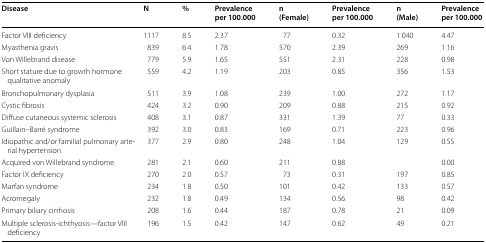
<table><thead><tr><td><b>Disease</b></td><td><b>N</b></td><td><b>%</b></td><td><b>Prevalence per 100.000</b></td><td><b>n(Female)</b></td><td><b>Prevalence per 100.000</b></td><td><b>n(Male)</b></td><td><b>Prevalence per 100.000</b></td></tr></thead><tbody><tr><td>Factor VIII deficiency</td><td>1117</td><td>8.5</td><td>2.37</td><td>77</td><td>0.32</td><td>1.040</td><td>4.47</td></tr><tr><td>Myasthenia gravis</td><td>839</td><td>6.4</td><td>1.78</td><td>570</td><td>2.39</td><td>269</td><td>1.16</td></tr><tr><td>Von Willebrand disease</td><td>779</td><td>5.9</td><td>1.65</td><td>551</td><td>2.31</td><td>228</td><td>0.98</td></tr><tr><td>Short stature due to growth hormone qualitative anomaly</td><td>559</td><td>4.2</td><td>1.19</td><td>203</td><td>0.85</td><td>356</td><td>1.53</td></tr><tr><td>Bronchopulmonary dysplasia</td><td>511</td><td>3.9</td><td>1.08</td><td>239</td><td>1.00</td><td>272</td><td>1.17</td></tr><tr><td>Cystic fibrosis</td><td>424</td><td>3.2</td><td>0.90</td><td>209</td><td>0.88</td><td>215</td><td>0.92</td></tr><tr><td>Diffuse cutaneous systemic sclerosis</td><td>408</td><td>3.1</td><td>0.87</td><td>331</td><td>1.39</td><td>77</td><td>0.33</td></tr><tr><td>Guillain–Barré syndrome</td><td>392</td><td>3.0</td><td>0.83</td><td>169</td><td>0.71</td><td>223</td><td>0.96</td></tr><tr><td>Idiopathic and/or familial pulmonary arterial hypertension</td><td>377</td><td>2.9</td><td>0.80</td><td>248</td><td>1.04</td><td>129</td><td>0.55</td></tr><tr><td>Acquired von Willebrand syndrome</td><td>281</td><td>2.1</td><td>0.60</td><td>211</td><td>0.88</td><td></td><td>0.00</td></tr><tr><td>Factor IX deficiency</td><td>270</td><td>2.0</td><td>0.57</td><td>73</td><td>0.31</td><td>197</td><td>0.85</td></tr><tr><td>Marfan syndrome</td><td>234</td><td>1.8</td><td>0.50</td><td>101</td><td>0.42</td><td>133</td><td>0.57</td></tr><tr><td>Acromegaly</td><td>232</td><td>1.8</td><td>0.49</td><td>134</td><td>0.56</td><td>98</td><td>0.42</td></tr><tr><td>Primary biliary cirrhosis</td><td>208</td><td>1.6</td><td>0.44</td><td>187</td><td>0.78</td><td>21</td><td>0.09</td></tr><tr><td>Multiple sclerosis-ichthyosis—factor VIII deficiency</td><td>196</td><td>1.5</td><td>0.42</td><td>147</td><td>0.62</td><td>49</td><td>0.21</td></tr></tbody></table>